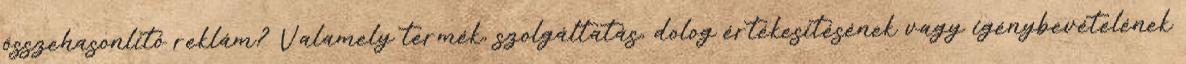
összehasonlító reklám? Valamely termék, szolgáltatás, dolog értékesítésének vagy igénybevételének